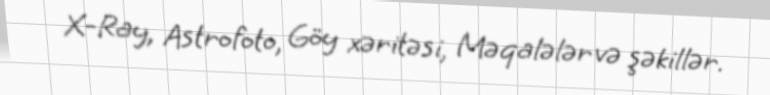
X-Ray, Astrofoto, Göy xəritəsi, Məqalələr və şəkillər.